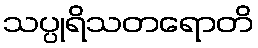
သပ္ပုရိသတရောတိ